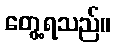
တွေ့ရသည်။